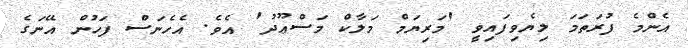
އެންމެ ފުރަތަމަ ލިޔެވިފައިވީ 'މަރިޔަމް މަލާކް މަސްޢޫދު' އެވެ. އެހެނަސް ފަހުން އޭނަގެ